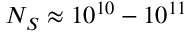
N _ { S } \approx 1 0 ^ { 1 0 } - 1 0 ^ { 1 1 }